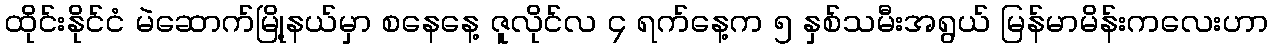
ထိုင်းနိုင်ငံ မဲဆောက်မြို့နယ်မှာ စနေနေ့ ဇူလိုင်လ ၄ ရက်နေ့က ၅ နှစ်သမီးအရွယ် မြန်မာမိန်းကလေးဟာ